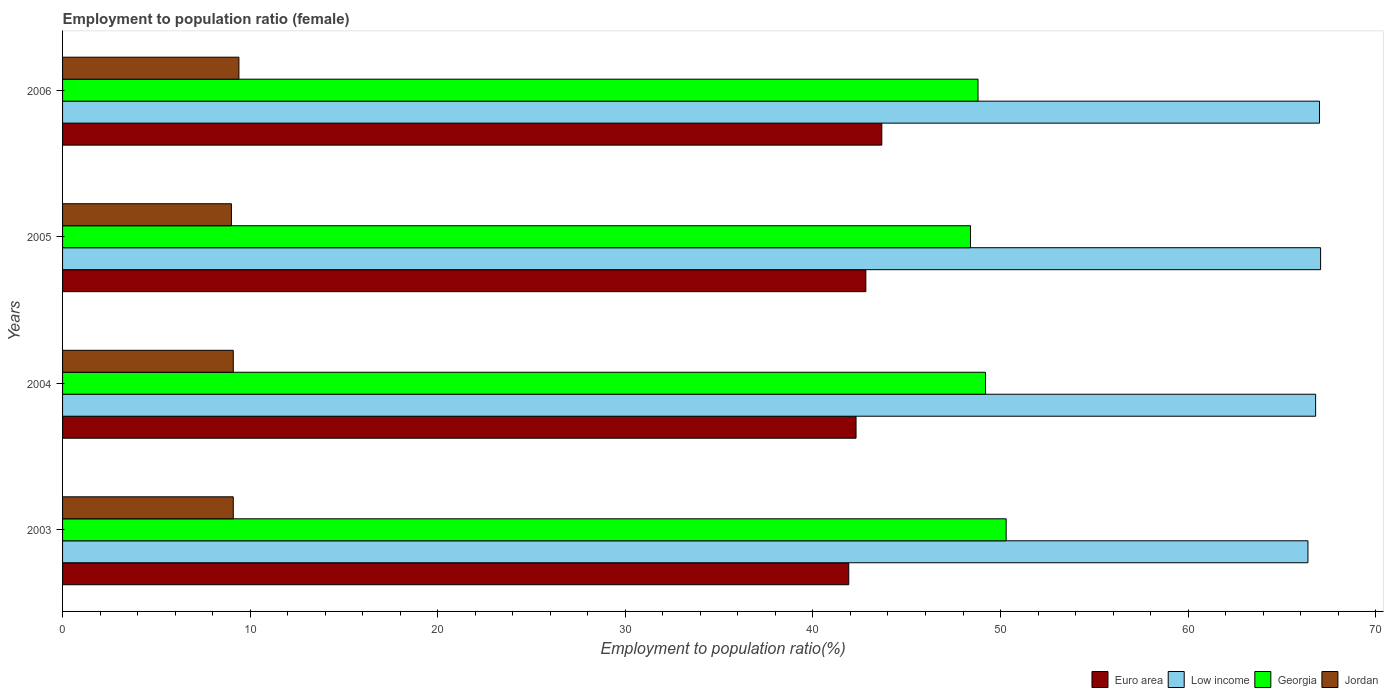
| Years | Euro area | Low income | Georgia | Jordan |
 | --- | --- | --- | --- | --- |
 | 2003 | 41.9 | 66.4 | 50.3 | 9.1 |
 | 2004 | 42.3 | 66.8 | 49.2 | 9.1 |
 | 2005 | 42.8 | 67.1 | 48.4 | 9 |
 | 2006 | 43.7 | 67 | 48.8 | 9.4 |